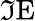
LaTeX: \Im\mathrm{E}